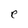
Character: e